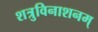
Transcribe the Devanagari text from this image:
शत्रुविनाशनम्